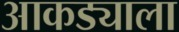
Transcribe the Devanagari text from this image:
आकड्याला